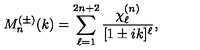
M _ { n } ^ { ( \pm ) } ( k ) = \sum _ { \ell = 1 } ^ { 2 n + 2 } \frac { \chi _ { \ell } ^ { ( n ) } } { [ 1 \pm i k ] ^ { \ell } } ,